Civil Veterinary Department. Central Provinces & Berar 1932-41 - 1932-1941
Year: 1932
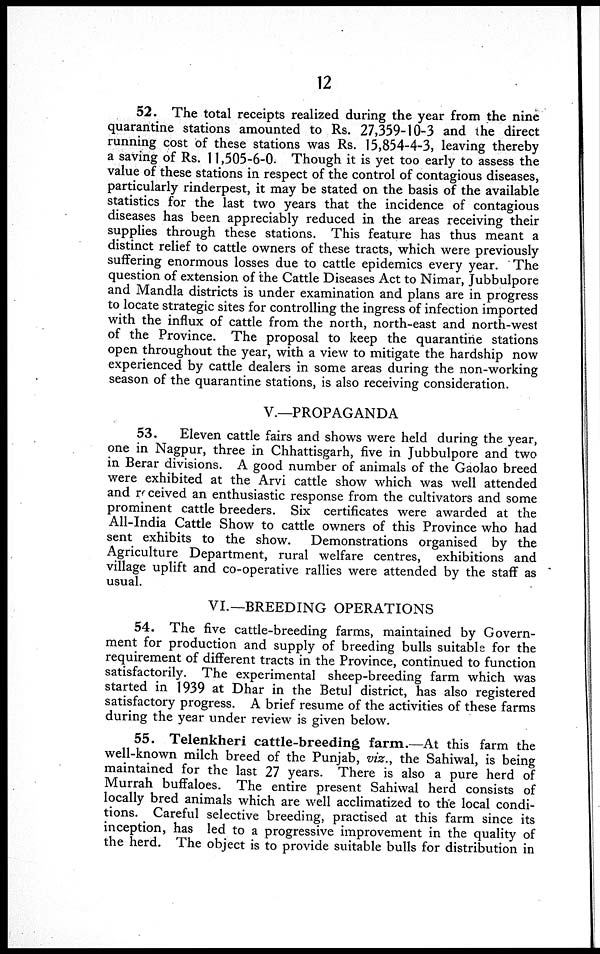
12
52. The total receipts realized during the year from the nine
quarantine stations amounted to Rs. 27,359-10-3 and the direct
running cost of these stations was Rs. 15,854-4-3, leaving thereby
a saving of Rs. 11,505-6-0. Though it is yet too early to assess the
value of these stations in respect of the control of contagious diseases,
particularly rinderpest, it may be stated on the basis of the available
statistics for the last two years that the incidence of contagious
diseases has been appreciably reduced in the areas receiving their
supplies through these stations. This feature has thus meant a
distinct relief to cattle owners of these tracts, which were previously
suffering enormous losses due to cattle epidemics every year. The
question of extension of the Cattle Diseases Act to Nimar, Jubbulpore
and Mandla districts is under examination and plans are in progress
to locate strategic sites for controlling the ingress of infection imported
with the influx of cattle from the north, north-east and north-west
of the Province. The proposal to keep the quarantine stations
open throughout the year, with a view to mitigate the hardship now
experienced by cattle dealers in some areas during the non-working
season of the quarantine stations, is also receiving consideration.
V.—PROPAGANDA
53.
Eleven cattle fairs and shows were held during the year,
one in Nagpur, three in Chhattisgarh, five in Jubbulpore and two
in Berar divisions. A good number of animals of the Gaolao breed
were exhibited at the Arvi cattle show which was well attended
and received an enthusiastic response from the cultivators and some
prominent cattle breeders. Six certificates were awarded at the
All-India Cattle Show to cattle owners of this Province who had
sent exhibits to the show. Demonstrations organised by the
Agriculture Department, rural welfare centres, exhibitions and
village uplift and co-operative rallies were attended by the staff as
usual.
VI.—BREEDING OPERATIONS
54. The five cattle-breeding farms, maintained by Govern-
ment for production and supply of breeding bulls suitable for the
requirement of different tracts in the Province, continued to function
satisfactorily. The experimental sheep-breeding farm which was
started in 1939 at Dhar in the Betul district, has also registered
satisfactory progress. A brief resume of the activities of these farms
during the year under review is given below.
55. Telenkheri cattle-breeding farm.—At this farm the
well-known milch breed of the Punjab, viz., the Sahiwal, is being
maintained for the last 27 years. There is also a pure herd of
Murrah buffaloes. The entire present Sahiwal herd consists of
locally bred animals which are well acclimatized to the local condi-
tions. Careful selective breeding, practised at this farm since its
inception, has led to a progressive improvement in the quality of
the herd. The object is to provide suitable bulls for distribution in